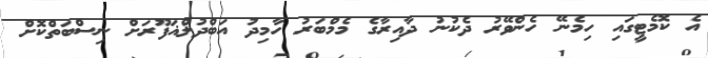
އެ ކޮމެޓީގައި ހިމެނޭ ހެންވޭރު ދެކުނު ދާއިރާގެ މެމްބަރު ހާމިދު އަބްދުލްޣަފޫރަށް ނިސްބަތްކޮށް